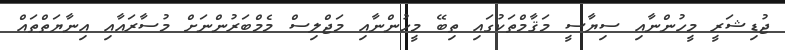
ޖުޑިޝަރީ މީހުންނާއި ސިޔާސީ މަޤާމްތަކުގައި ތިބޭ މީހުންނާއި މަޖްލިސް މެމްބަރުންނަށް މުސާރައާއި އިނާޔަތްތައް